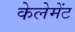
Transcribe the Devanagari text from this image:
केलेमेंट